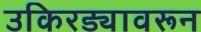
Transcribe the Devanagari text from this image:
उकिरड्यावरून